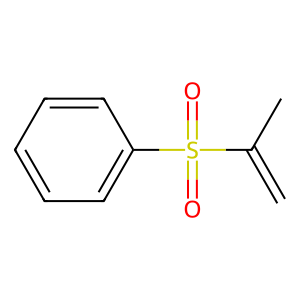
SMILES: C=C(C)S(=O)(=O)c1ccccc1
Inhibits HIV replication: No